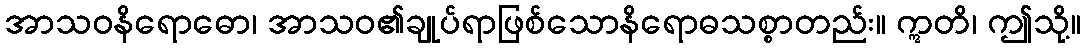
အာသဝနိရောဓော၊ အာသဝ၏ချုပ်ရာဖြစ်သောနိရောဓသစ္စာတည်း။ ဣတိ၊ ဤသို့။